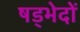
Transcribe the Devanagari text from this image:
षड्भेदों